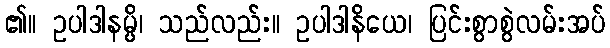
၏။ ဥပါဒါနမ္ပိ၊ သည်လည်း။ ဥပါဒါနိယေ၊ ပြင်းစွာစွဲလမ်းအပ်